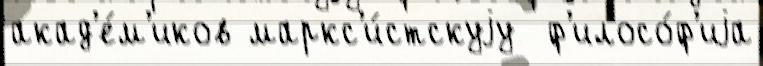
акад'е́м'иков маркс'и́стскуjу  ф'илосо́ф'иjа